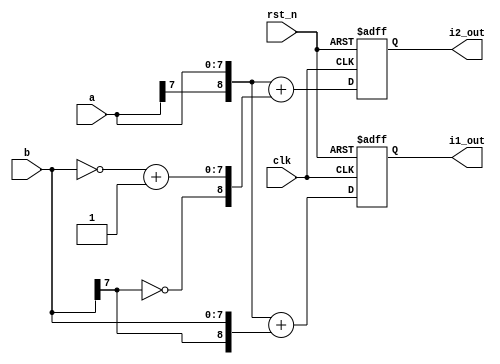
module lut_initial_module(
    clk,
    rst_n,
    a,
    b,
    i1_out,
    i2_out
    );
    
    input clk;
    input rst_n;
    
    input [7:0]a;
    input [7:0]b;
    
    output [8:0]i1_out;
    output [8:0]i2_out;
    
    /***********************/
    
    reg [8:0]i1;
    reg [8:0]i2;
    
    always @(posedge clk or negedge rst_n) begin
        if (!rst_n) begin
            i1 <= 9'd0;
            i2 <= 9'd0;
        end
        else begin
            i1 <= {a[7], a} + {b[7], b}; //a+b
            i2 <= {a[7], a} + {~b[7], (~b + 1'b1)}; //a-b
        end
    end
    
    assign i1_out = i1;
    assign i2_out = i2;
    
endmodule